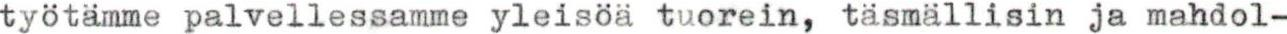
työtämme palvellessamme yleisöä tuorein, täsmällisin ja mahdol-